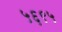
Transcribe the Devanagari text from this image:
५६९५